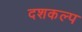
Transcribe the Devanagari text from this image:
दशकल्प